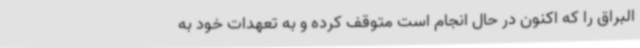
البراق را که اکنون در حال انجام است متوقف کرده و به تعهدات خود به